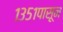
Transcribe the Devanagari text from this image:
१३५१पासून